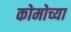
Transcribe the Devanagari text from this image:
कोमोच्या